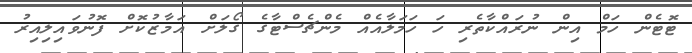
ޓޮޓެން ހަމް އިން ނުރައްކާތެރި ހަ ހަމަލާއެއް މެންޗެސްޓާގެ ގޯލަށް އަމާޒުކޮށް ފޮނުވައިލިއިރު